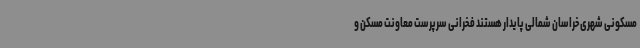
مسکونی شهری خراسان شمالی پایدار هستند فخرانی سرپرست معاونت مسکن و